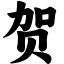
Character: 贺